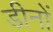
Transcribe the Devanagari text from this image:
डीनों